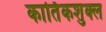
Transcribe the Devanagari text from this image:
कार्तिकशुक्ल